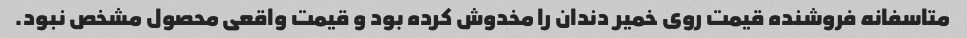
متاسفانه فروشنده قیمت روی خمیر دندان را مخدوش کرده بود و قیمت واقعی محصول مشخص نبود.